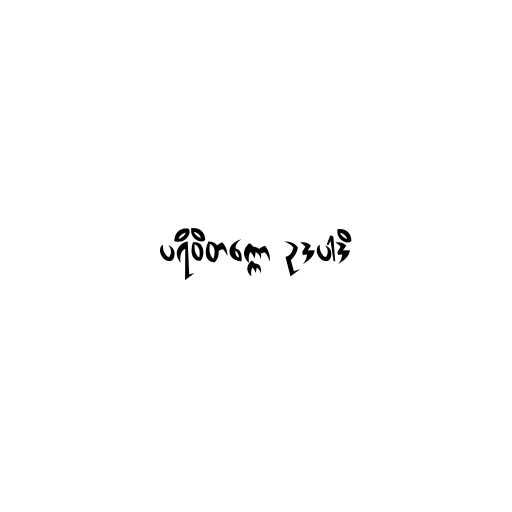
ပရိဝိတက္ကော ဥဒပါဒိ